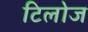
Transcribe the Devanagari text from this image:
टिलोज